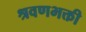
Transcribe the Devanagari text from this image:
श्रवणभक्ती